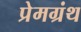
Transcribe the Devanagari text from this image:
प्रेमग्रंथ